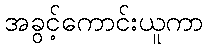
အခွင့်ကောင်းယူကာ